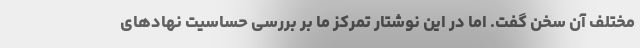
مختلف آن سخن گفت. اما در این نوشتار تمرکز ما بر بررسی حساسیت نهادهای